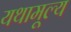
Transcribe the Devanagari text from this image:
यथामूल्य